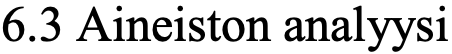
6.3 Aineiston analyysi